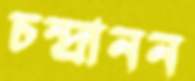
চন্দ্রানন